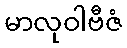
မာလုဝါဗီဇံ